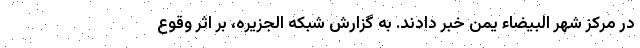
در مرکز شهر البیضاء یمن خبر دادند. به گزارش شبکه الجزیره، بر اثر وقوع